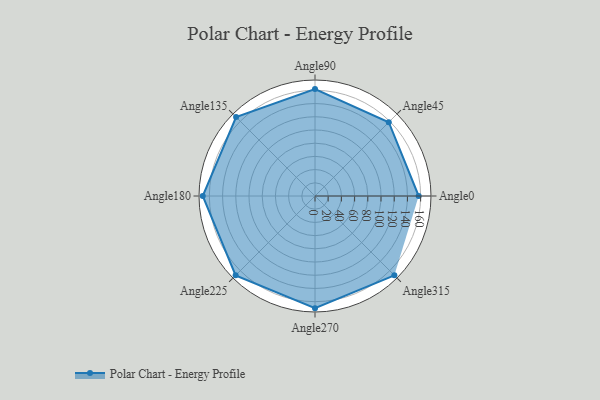
{"axis": {"x": "Angle", "y": "Radius"}, "legend": [""], "data": [{"x": "Angle0", "y": 157.0, "type": ""}, {"x": "Angle45", "y": 158.0, "type": ""}, {"x": "Angle90", "y": 162.0, "type": ""}, {"x": "Angle135", "y": 169.0, "type": ""}, {"x": "Angle180", "y": 170, "type": ""}, {"x": "Angle225", "y": 170, "type": ""}, {"x": "Angle270", "y": 170, "type": ""}, {"x": "Angle315", "y": 170, "type": ""}]}